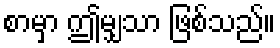
စာမှာ ဤမျှသာ ဖြစ်သည်။